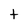
Character: t